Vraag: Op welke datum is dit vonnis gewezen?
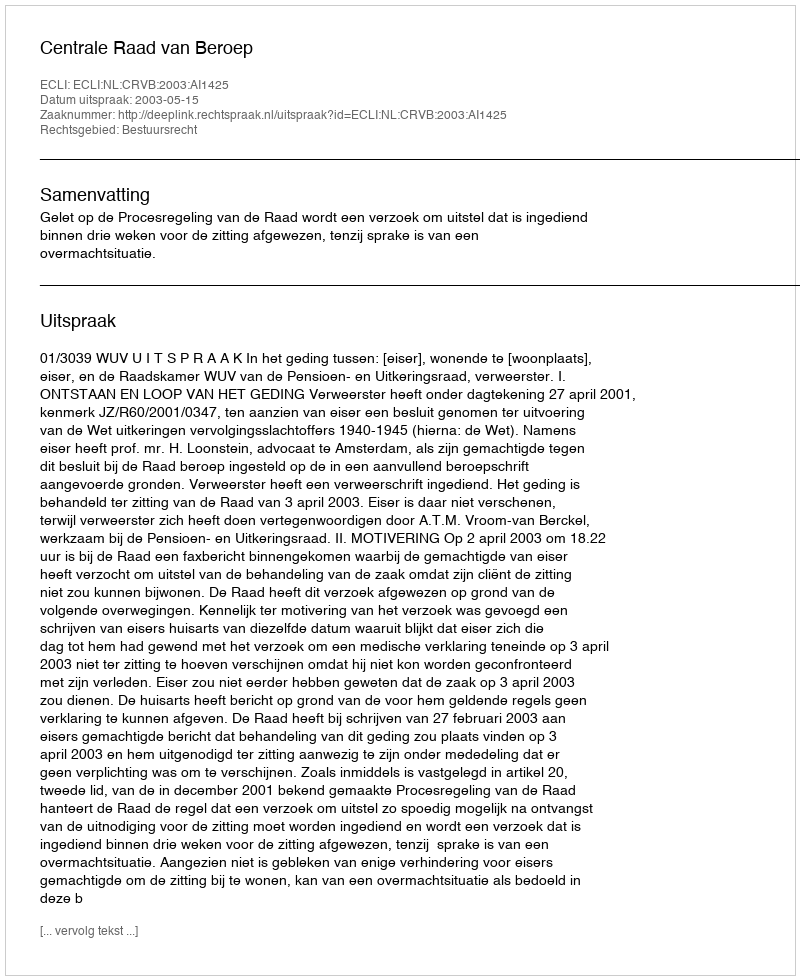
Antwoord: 2003-05-15